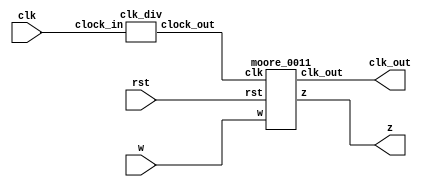
`timescale 1ns / 1ps
//////////////////////////////////////////////////////////////////////////////////
// Company: 
// Engineer: 
// 
// Design Name: 
// Module Name: top_moore_0011
// Project Name: 
// Target Devices: 
// Tool Versions: 
// Description: 
// 
// Dependencies: 
// 
// Revision:
// Revision 0.01 - File Created
// Additional Comments:
// 
//////////////////////////////////////////////////////////////////////////////////


module top_moore_0011(w, clk, rst, z, clk_out);
    input w, clk, rst;                           
    output z, clk_out;
    wire clock_out;
    
    clk_div cd1(clk, clock_out);                      
    moore_0011 m1(w, clock_out, rst, z, clk_out);     
endmodule

module moore_0011(w, clk, rst, z, clk_out);
    input w,clk,rst;                         
    output z;                         
    output clk_out;
    reg [2:0] present, next;              
    parameter [2:0] a = 3'b000, b = 3'b001, c = 3'b010, d = 3'b011, e = 3'b100;
    assign clk_out = clk;
  
  always@(w or present)
    begin
      case(present)
        a: if(w==0) next=b;
           else     next=a;
        b: if(w==0) next=c;
           else     next=a;
        c: if(w==0) next=c;
           else     next=d;
        d: if(w==0) next=b;
           else     next=e;
        e: if(w==0) next=b;
           else     next=a;
        default:    next=3'bxxx;
      endcase
    end
  
    always@(posedge clk or negedge rst)
       if(rst == 0)
           present <= a;
       else
           present <= next;
  
assign z=(present==e)? 1'b1: 1'b0;
endmodule

module clk_div(clock_in,clock_out);
    input clock_in;                   
    output reg clock_out;            
    reg [27:0] counter = 28'd0;
    parameter total = 28'd100000000;   
    

    always@(posedge clock_in)begin
        counter <= counter + 28'd1;
        if(counter >= (total-1))begin
            counter <= 28'd0;
        end
        clock_out <= (counter < total/2)?1'b1:1'b0;
    end
endmodule